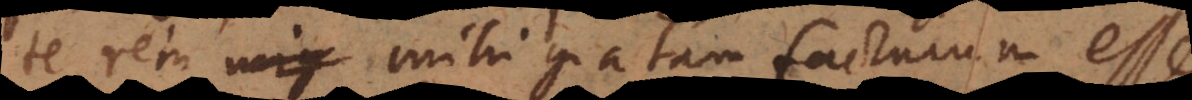
te rem mihi gratam facturum esse.